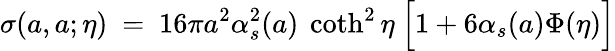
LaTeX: \sigma(a,a;\eta)~=~16\pi a^{2}\alpha_{s}^{2}(a)~\coth^{2}\eta~\Big[1+6\alpha_{s}(a)\Phi(\eta)\Big]